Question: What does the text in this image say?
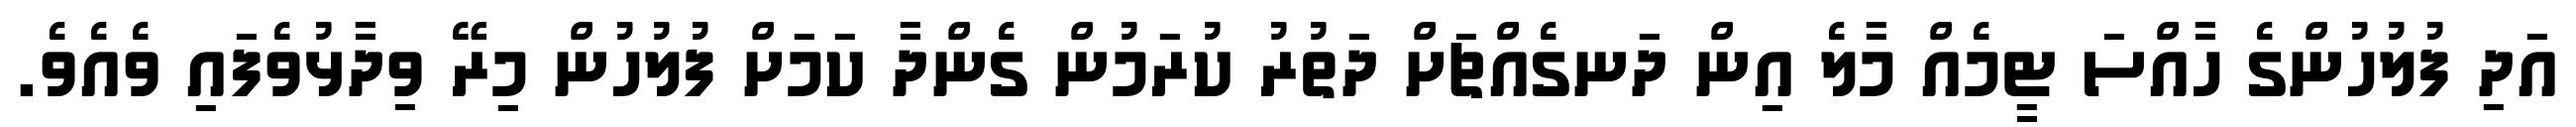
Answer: އަދި ފުލުހުންގެ ހާއްސަ ޓީމެއް މާލެ އިން ދަނގެއްޗަށް ދަތުރު ކުރަމުން ގެންދާ ކަމަށް ފުލުހުން މިރޭ ވިދާޅުވެފައި ވެއެވެ.